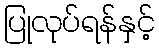
ပြုလုပ်ရန်နှင့်